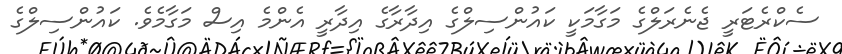
ސެކްރެޓަރީ ޖެނެރަލްގެ މަގާމަކީ ކައުންސިލްގެ އިދާރާގެ އިދާރީ އެންމެ އިސް މަގާމެވެ. ކައުންސިލްގެ